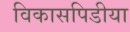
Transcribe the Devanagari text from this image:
विकासपिडीया